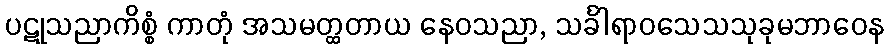
ပဋုသညာကိစ္စံ ကာတုံ အသမတ္ထတာယ နေဝသညာ, သင်္ခါရာဝသေသသုခုမဘာဝေန